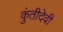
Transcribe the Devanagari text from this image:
कुंतीदेवी